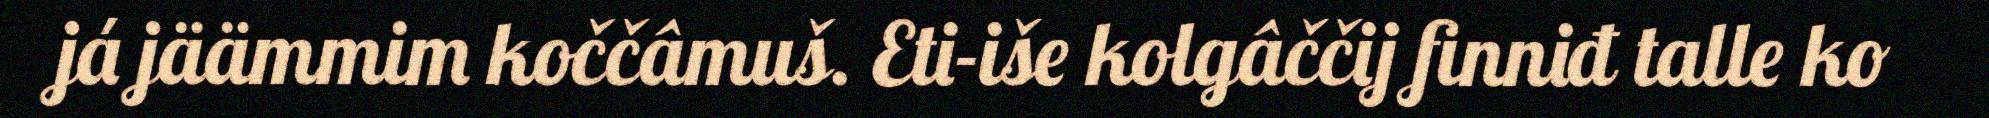
já jäämmim koččâmuš. Eti-iše kolgâččij finniđ talle ko